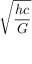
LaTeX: \sqrt { \frac { h c } { G } }